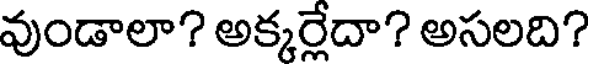
వుండాలా? అక్కర్లేదా? అసలది?